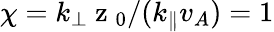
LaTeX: \chi=k_{\perp}\mathrm{~z~}_{0}/(k_{\parallel}v_{A})=1